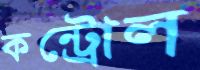
কন্ট্রোল